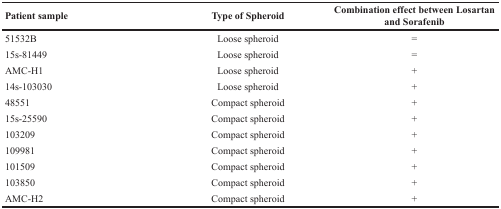
<table><thead><tr><td><b>Patient sample</b></td><td><b>Type of Spheroid</b></td><td><b>Combination effect between Losartan and Sorafenib</b></td></tr></thead><tbody><tr><td>51532B</td><td>Loose spheroid</td><td>=</td></tr><tr><td>15s-81449</td><td>Loose spheroid</td><td>=</td></tr><tr><td>AMC-H1</td><td>Loose spheroid</td><td>+</td></tr><tr><td>14s-103030</td><td>Loose spheroid</td><td>+</td></tr><tr><td>48551</td><td>Compact spheroid</td><td>+</td></tr><tr><td>15s-25590</td><td>Compact spheroid</td><td>+</td></tr><tr><td>103209</td><td>Compact spheroid</td><td>+</td></tr><tr><td>109981</td><td>Compact spheroid</td><td>+</td></tr><tr><td>101509</td><td>Compact spheroid</td><td>+</td></tr><tr><td>103850</td><td>Compact spheroid</td><td>+</td></tr><tr><td>AMC-H2</td><td>Compact spheroid</td><td>+</td></tr></tbody></table>